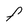
Character: F